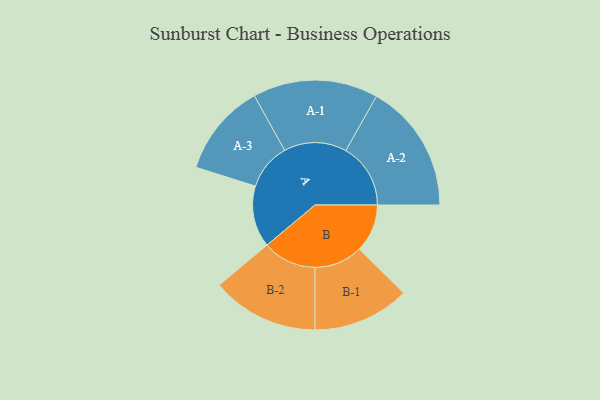
{"axis": {"x": "Segment", "y": "Value"}, "legend": ["", "A", "B"], "data": [{"x": "A", "y": 281, "type": ""}, {"x": "B", "y": 219, "type": ""}, {"x": "A-1", "y": 286, "type": "A"}, {"x": "A-2", "y": 296, "type": "A"}, {"x": "A-3", "y": 212, "type": "A"}, {"x": "B-1", "y": 221, "type": "B"}, {"x": "B-2", "y": 245, "type": "B"}]}